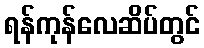
ရန်ကုန်လေဆိပ်တွင်